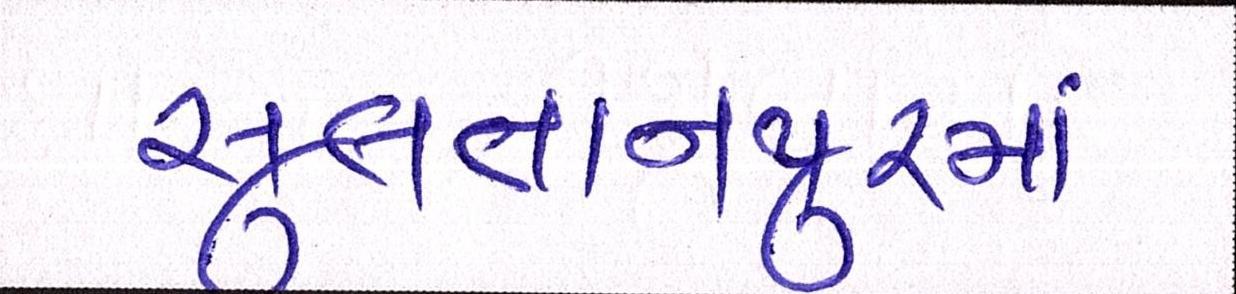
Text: સુલતાનપુરમાં